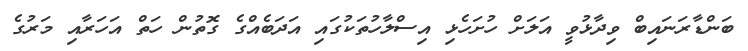
ބަންޑާރަނައިބް ވިދާޅުވީ އަލަށް ހުށަހެޅި އިސްލާހުތަކުގައި އަދަބެއްގެ ގޮތުން ހަތް އަހަރާއި މަރުގެ